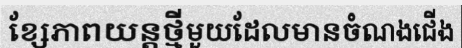
ខ្សែភាពយន្តថ្មីមួយដែលមានចំណងជើង